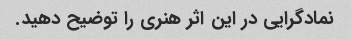
نمادگرایی در این اثر هنری را توضیح دهید.